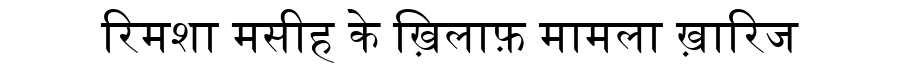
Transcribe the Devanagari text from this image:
रिमशा मसीह के ख़िलाफ़ मामला ख़ारिज